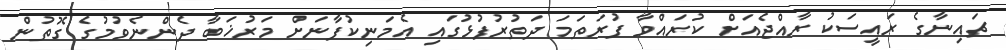
ޗައިނާގެ ރައީސަކު ރާއްޖެއަށް ކުރައްވާ ފުރަތަމަ ދަތުރުފުޅުގައި އެމަނިކުފާނަށް މަރުޚަބާ ދެންނެވުމުގެ ގޮތުން